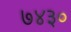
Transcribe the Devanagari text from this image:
७४३०